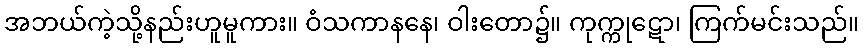
အဘယ်ကဲ့သို့နည်းဟူမူကား။ ဝံသကာနနေ၊ ဝါးတော၌။ ကုက္ကုဋော၊ ကြက်မင်းသည်။